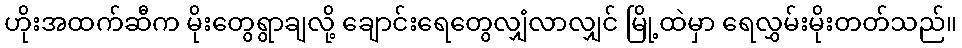
ဟိုးအထက်ဆီက မိုးတွေရွာချလို့ ချောင်းရေတွေလျှံလာလျှင် မြို့ထဲမှာ ရေလွှမ်းမိုးတတ်သည်။